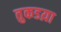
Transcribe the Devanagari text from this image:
तुकडय़ा